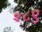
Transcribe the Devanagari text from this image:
२८ए